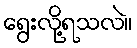
ရွေးလို့ရသလဲ။